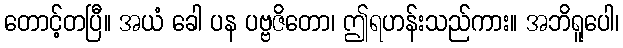
တောင့်တပြီ။ အယံ ခေါ ပန ပဗ္ဗဇိတော၊ ဤရဟန်းသည်ကား။ အဘိရူပေါ၊